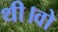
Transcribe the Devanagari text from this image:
थी।वो